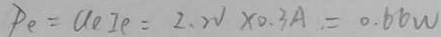
P _ { e } = U _ { e } I e = 2 . 2 V \times 0 . 3 A = 0 . 6 6 W